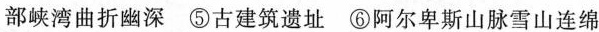
部峡湾曲折幽深 ⑤古建筑遗址 ⑥阿尔卑斯山脉雪山连绵